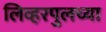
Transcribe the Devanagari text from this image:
लिव्हरपुलच्या